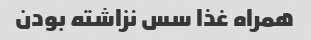
همراه غذا سس نزاشته بودن